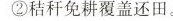
②秸秆免耕覆盖还田。